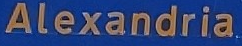
Alexandria